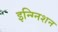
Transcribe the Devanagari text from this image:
इन्ग्निशन